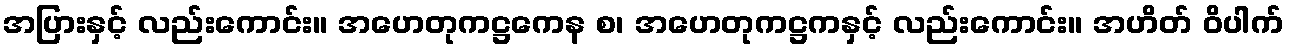
အပြားနှင့် လည်းကောင်း။ အဟေတုကဋ္ဌကေန စ၊ အဟေတုကဋ္ဌကနှင့် လည်းကောင်း။ အဟိတ် ဝိပါက်